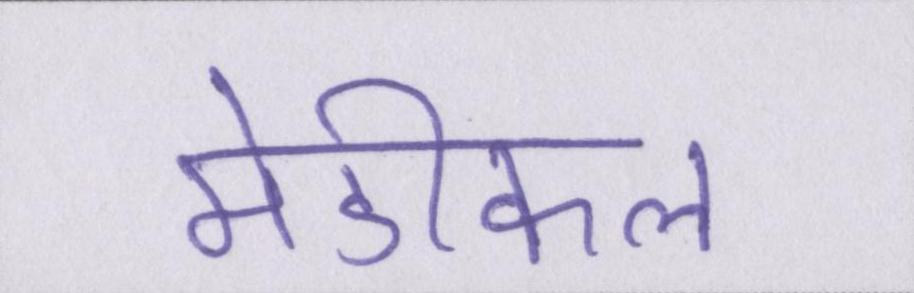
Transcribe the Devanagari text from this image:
मेडीकल